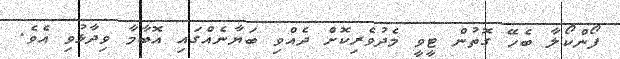
ފޯންކޯލާ ބެހޭ ގޮތުން ޓީވީ މެދުވެރިކޮށް ދެއްވި ބަޔާނެއްގައި އޮބާމާ ވިދާޅުވި އެވެ.